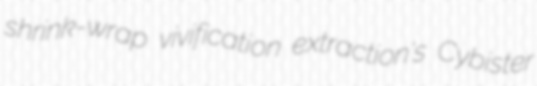
shrink-wrap vivification extraction's Cybister